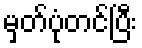
မှတ်ပုံတင်ပြီး